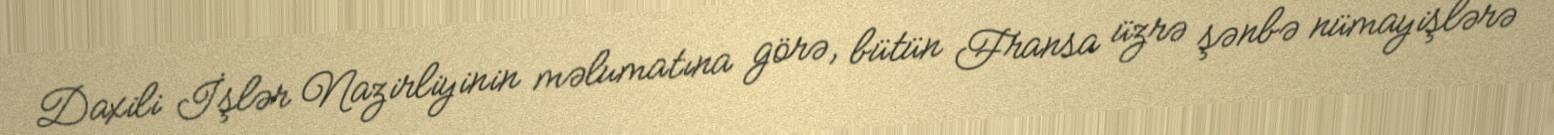
Daxili İşlər Nazirliyinin məlumatına görə, bütün Fransa üzrə şənbə nümayişlərə